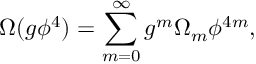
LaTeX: \Omega ( g \phi ^ { 4 } ) = \sum _ { m = 0 } ^ { \infty } g ^ { m } \Omega _ { m } \phi ^ { 4 m } ,